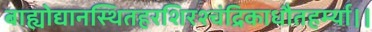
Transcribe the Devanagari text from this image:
बाह्योद्यानस्थितहरशिरश्चंद्रिकाधौतहर्म्या।।